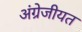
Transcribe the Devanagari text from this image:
अंग्रेजीयत